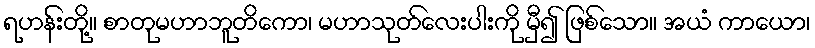
ရဟန်းတို့။ စာတုမဟာဘူတိကော၊ မဟာသုတ်လေးပါးကို မှီ၍ ဖြစ်သော။ အယံ ကာယော၊